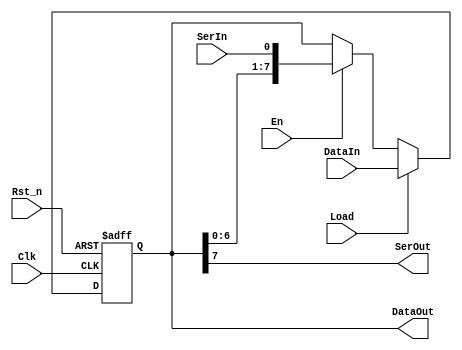
module shiftreg #(parameter SIZE = 8) (
    input Clk, Rst_n, Load, En,
    input SerIn,
    input [SIZE-1:0] DataIn,
    output wire SerOut,
    output reg [SIZE-1:0] DataOut
);

// Sortida serial
assign SerOut = DataOut[SIZE-1];

// Crrega i desplaament
always @(posedge Clk or negedge Rst_n) begin

    // Reset
    if (!Rst_n)
        DataOut <= {SIZE{1'b0}};

    // Crrega
    else if (Load)
        DataOut <= DataIn;

    // Desplaament
    else if (En)
        DataOut <= {DataOut[SIZE-2:0], SerIn};

    // Mantenir
    else
        DataOut <= DataOut;
end

endmodule